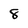
Character: 8